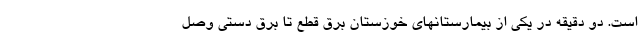
است. دو دقیقه در یکی از بیمارستانهای خوزستان برق قطع تا برق دستی وصل